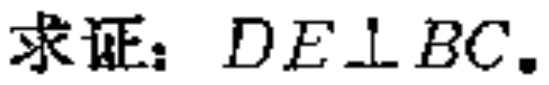
求证：$DE\perp BC$.